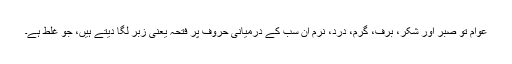
عوام تو صبر اور شکر، برف، گرم، درد، نرم ان سب کے درمیانی حروف پر فتحہ یعنی زبر لگا دیتے ہیں، جو غلط ہے۔